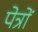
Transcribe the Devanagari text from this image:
पेत्रों